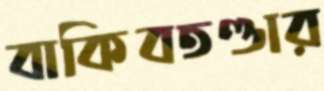
বাকিবতণ্ডার